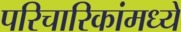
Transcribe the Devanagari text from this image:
परिचारिकांमध्ये